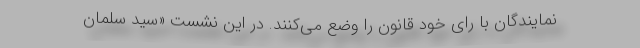
نمایندگان با رای خود قانون را وضع می‌کنند. در این نشست «سید سلمان